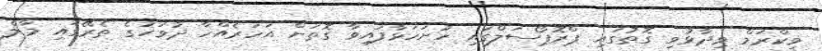
ވިކްރަމް ވިދާޅުވި ގޮތުގައި ޕްރޮޕޯސަލްގައި ހުށަހަޅާފައިވާ ގޮތަށް އަހަރެއްހާ ދުވަހުގެ ތެރޭގައި މާލެ